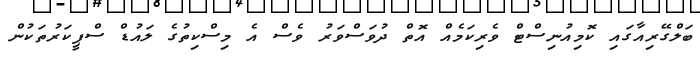
ބަލްގޭރިއާގައި ކޮމިއުނިސްޓް ވެރިކަމެއް އޮތް ދުވަސްވަރު ވެސް އެ މިސްކިތުގެ ލައުޑް ސްޕީކަރުތަކުން